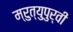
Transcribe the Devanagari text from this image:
म्रुत्युपुर्वी